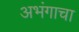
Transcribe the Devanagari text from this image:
अभंगाचा